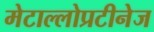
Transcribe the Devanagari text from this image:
मेटाल्लोप्रटीनेज